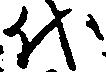
代